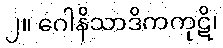
၂။ ဂေါနိသာဒိကကုဋိ၊